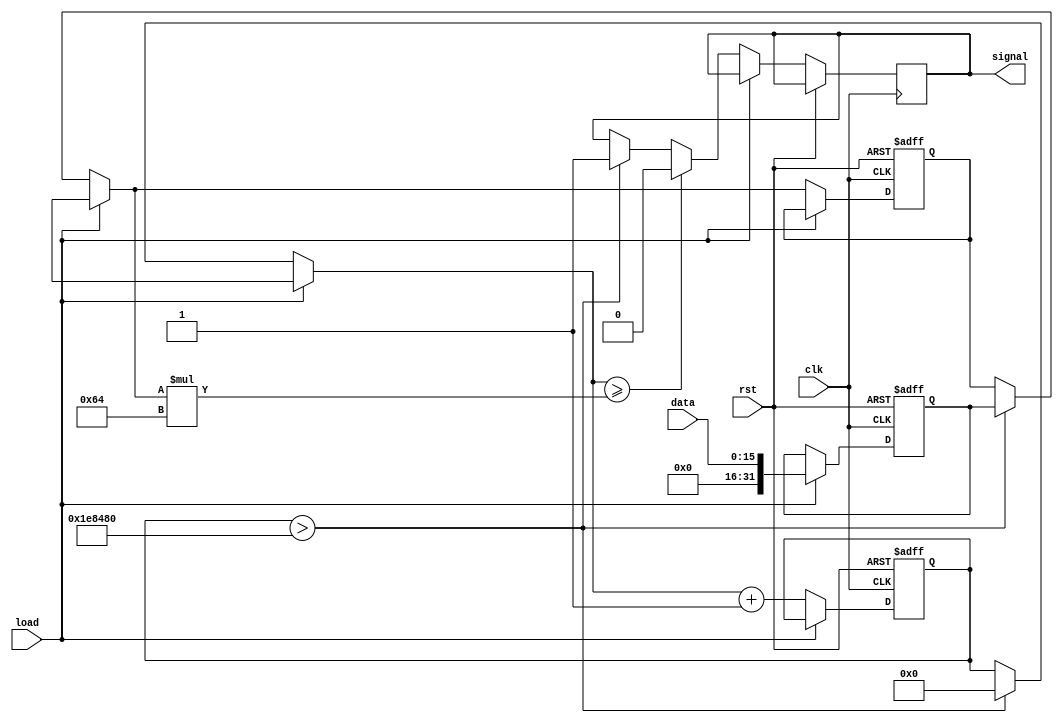
`timescale 1ns / 1ps
`default_nettype none
//////////////////////////////////////////////////////////////////////////////////
// Company:
// Engineer:
//
// Design Name:
// Module Name: ServoModule
// Project Name:
// Target Devices:
// Tool Versions:
// Description:
//
// Dependencies:
//
// Revision:
// Revision 0.01 - File Created
// Additional Comments:
//
//////////////////////////////////////////////////////////////////////////////////

module ServoModule(
	input wire clk,
	input wire rst,
	input wire load,
	input wire [15:0] data,
	output reg signal
);
// ==================================
//// Internal Parameter Field
// ==================================
parameter MAX_COUNT    = 20000*100;
//// Bits required to reach 2,000,000
parameter COUNT_WIDTH  = 32;
// ==================================
//// Registers
// ==================================
reg  [COUNT_WIDTH-1:0] counter;
reg  [COUNT_WIDTH-1:0] compare_value;
reg  [COUNT_WIDTH-1:0] tmp_compare_value;
// ==================================
//// Wires
// ==================================
// wire [PWM_SIGNAL_COUNT-1:0] select;
// ==================================
//// Wire Assignments
// ==================================
// assign select[0]  = (2'b00) ? 1 : 0;
// ==================================
//// Modules
// ==================================
// ==================================
//// Behavioral Block
// ==================================
always @(posedge clk or
		 posedge rst) begin
    if (rst) begin
        counter = 0;
        compare_value = 0;
        tmp_compare_value = 0;
    end
    else if(load) begin
        tmp_compare_value = data;
    end
    else begin
        if(counter > MAX_COUNT) begin
        	compare_value = tmp_compare_value;
	        counter = 0;
        	signal = 1;
        end
        if(counter >= compare_value*100) begin
        	signal = 0;
        end
	    counter = counter + 1;
    end
end

endmodule